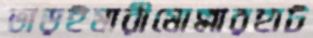
ভাড়ইমারীমোল্লারহাট